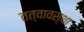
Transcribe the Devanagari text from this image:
तत्वावस्था